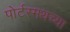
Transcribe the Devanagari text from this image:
पोर्टस्मथच्या